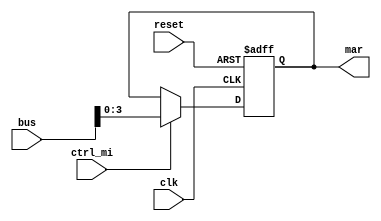
module mar(
	input clk,
	input reset,
	input ctrl_mi,
	input [7:0] bus,
	output reg[3:0] mar = 0);
	
always @(posedge clk or posedge reset) begin
	if (reset)
		mar <= 0;
	else if (ctrl_mi)
		mar <= bus[3:0];
end

endmodule